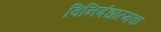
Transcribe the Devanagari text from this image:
विनिबंधात्मक